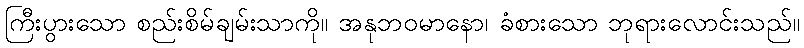
ကြီးပွားသော စည်းစိမ်ချမ်းသာကို။ အနုဘဝမာနော၊ ခံစားသော ဘုရားလောင်းသည်။